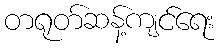
တရုတ်ဆန့်ကျင်ရေး